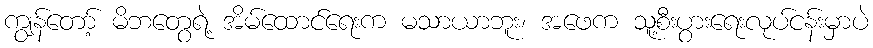
ကျွန်တော့် မိဘတွေရဲ့ အိမ်ထောင်ရေးက မသာယာဘူး၊ အဖေက သူ့စီးပွားရေးလုပ်ငန်းမှာပဲ